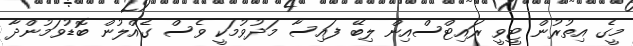
މީގެ އިތުރުން ޓީވީ ރައިޓްސްއިން ލިބޭ ފައިސާ މަދުވުމަކީ ވެސް ގެއްލުން ބޮޑުވަމުންދާ